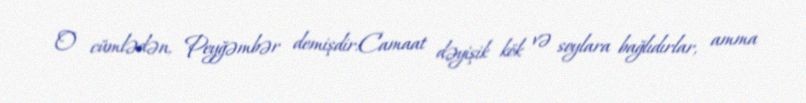
O cümlədən, Peyğəmbər demişdir:Camaat dəyişik kök və soylara bağlıdırlar, amma